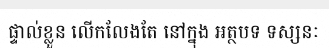
ផ្ទាល់ខ្លួន លើកលែងតែ នៅក្នុង អត្ថបទ ទស្សនៈ